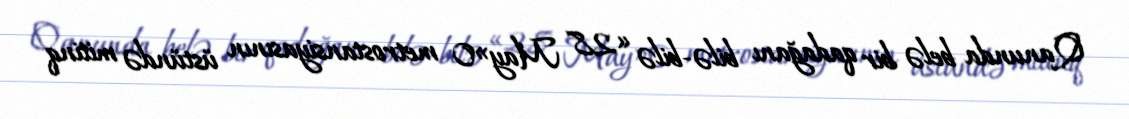
Qanunda belə bir qadağanı bilə-bilə «28 May»0 metrostansiyasının üstündə mitinq